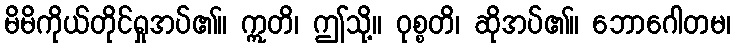
မိမိကိုယ်တိုင်ရှုအပ်၏။ ဣတိ၊ ဤသို့။ ဝုစ္စတိ၊ ဆိုအပ်၏။ ဘောဂေါတမ၊